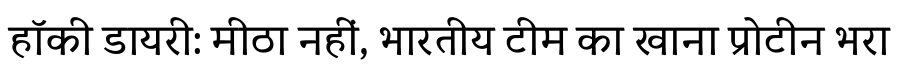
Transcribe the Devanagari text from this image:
हॉकी डायरी: मीठा नहीं, भारतीय टीम का खाना प्रोटीन भरा